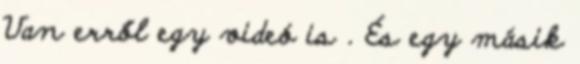
Van erről egy videó is . És egy másik